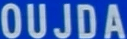
OUJDA